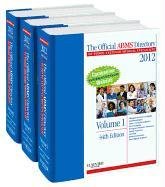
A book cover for The Official ABMS Directory of Board Certified Medical Specialists 2012 - 3 Volume Set, 44e (AMER BD OF MED SPECIALTIES DIR); ABMS; Law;